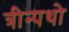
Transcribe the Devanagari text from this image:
त्रीन्पथो